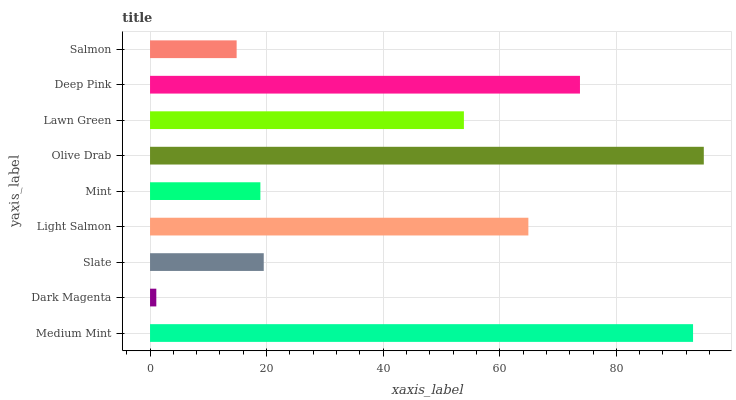
| yaxis_label | bars |
 | --- | --- |
 | Medium Mint | 93.2 |
 | Dark Magenta | 1.08 |
 | Slate | 19.5 |
 | Light Salmon | 64.9 |
 | Mint | 18.9 |
 | Olive Drab | 95 |
 | Lawn Green | 53.8 |
 | Deep Pink | 73.8 |
 | Salmon | 14.9 |